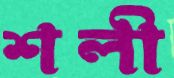
শলী